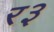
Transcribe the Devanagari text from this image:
र३